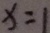
x = 1